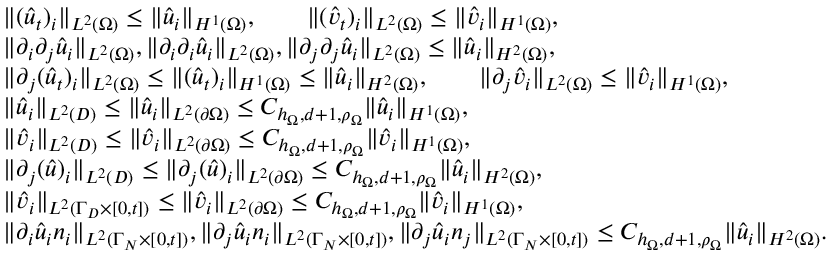
\begin{array} { r l } & { \| ( \hat { u } _ { t } ) _ { i } \| _ { L ^ { 2 } ( \Omega ) } \leq \| \hat { u } _ { i } \| _ { H ^ { 1 } ( \Omega ) } , \qquad \| ( \hat { v } _ { t } ) _ { i } \| _ { L ^ { 2 } ( \Omega ) } \leq \| \hat { v } _ { i } \| _ { H ^ { 1 } ( \Omega ) } , } \\ & { \| \partial _ { i } \partial _ { j } \hat { u } _ { i } \| _ { L ^ { 2 } ( \Omega ) } , \| \partial _ { i } \partial _ { i } \hat { u } _ { i } \| _ { L ^ { 2 } ( \Omega ) } , \| \partial _ { j } \partial _ { j } \hat { u } _ { i } \| _ { L ^ { 2 } ( \Omega ) } \leq \| \hat { u } _ { i } \| _ { H ^ { 2 } ( \Omega ) } , } \\ & { \| \partial _ { j } ( \hat { u } _ { t } ) _ { i } \| _ { L ^ { 2 } ( \Omega ) } \leq \| ( \hat { u } _ { t } ) _ { i } \| _ { H ^ { 1 } ( \Omega ) } \leq \| \hat { u } _ { i } \| _ { H ^ { 2 } ( \Omega ) } , \qquad \| \partial _ { j } \hat { v } _ { i } \| _ { L ^ { 2 } ( \Omega ) } \leq \| \hat { v } _ { i } \| _ { H ^ { 1 } ( \Omega ) } , } \\ & { \| \hat { u } _ { i } \| _ { L ^ { 2 } ( D ) } \leq \| \hat { u } _ { i } \| _ { L ^ { 2 } ( \partial \Omega ) } \leq C _ { h _ { \Omega } , d + 1 , \rho _ { \Omega } } \| \hat { u } _ { i } \| _ { H ^ { 1 } ( \Omega ) } , } \\ & { \| \hat { v } _ { i } \| _ { L ^ { 2 } ( D ) } \leq \| \hat { v } _ { i } \| _ { L ^ { 2 } ( \partial \Omega ) } \leq C _ { h _ { \Omega } , d + 1 , \rho _ { \Omega } } \| \hat { v } _ { i } \| _ { H ^ { 1 } ( \Omega ) } , } \\ & { \| \partial _ { j } ( \hat { u } ) _ { i } \| _ { L ^ { 2 } ( D ) } \leq \| \partial _ { j } ( \hat { u } ) _ { i } \| _ { L ^ { 2 } ( \partial \Omega ) } \leq C _ { h _ { \Omega } , d + 1 , \rho _ { \Omega } } \| \hat { u } _ { i } \| _ { H ^ { 2 } ( \Omega ) } , } \\ & { \| \hat { v } _ { i } \| _ { L ^ { 2 } ( \Gamma _ { D } \times [ 0 , t ] ) } \leq \| \hat { v } _ { i } \| _ { L ^ { 2 } ( \partial \Omega ) } \leq C _ { h _ { \Omega } , d + 1 , \rho _ { \Omega } } \| \hat { v } _ { i } \| _ { H ^ { 1 } ( \Omega ) } , } \\ & { \| \partial _ { i } \hat { u } _ { i } n _ { i } \| _ { L ^ { 2 } ( \Gamma _ { N } \times [ 0 , t ] ) } , \| \partial _ { j } \hat { u } _ { i } n _ { i } \| _ { L ^ { 2 } ( \Gamma _ { N } \times [ 0 , t ] ) } , \| \partial _ { j } \hat { u } _ { i } n _ { j } \| _ { L ^ { 2 } ( \Gamma _ { N } \times [ 0 , t ] ) } \leq C _ { h _ { \Omega } , d + 1 , \rho _ { \Omega } } \| \hat { u } _ { i } \| _ { H ^ { 2 } ( \Omega ) } . } \end{array}